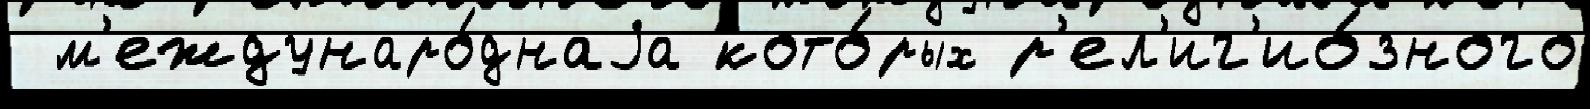
 м'еждунаро́днаjа кото́рых р'ел'иг'ио́зного